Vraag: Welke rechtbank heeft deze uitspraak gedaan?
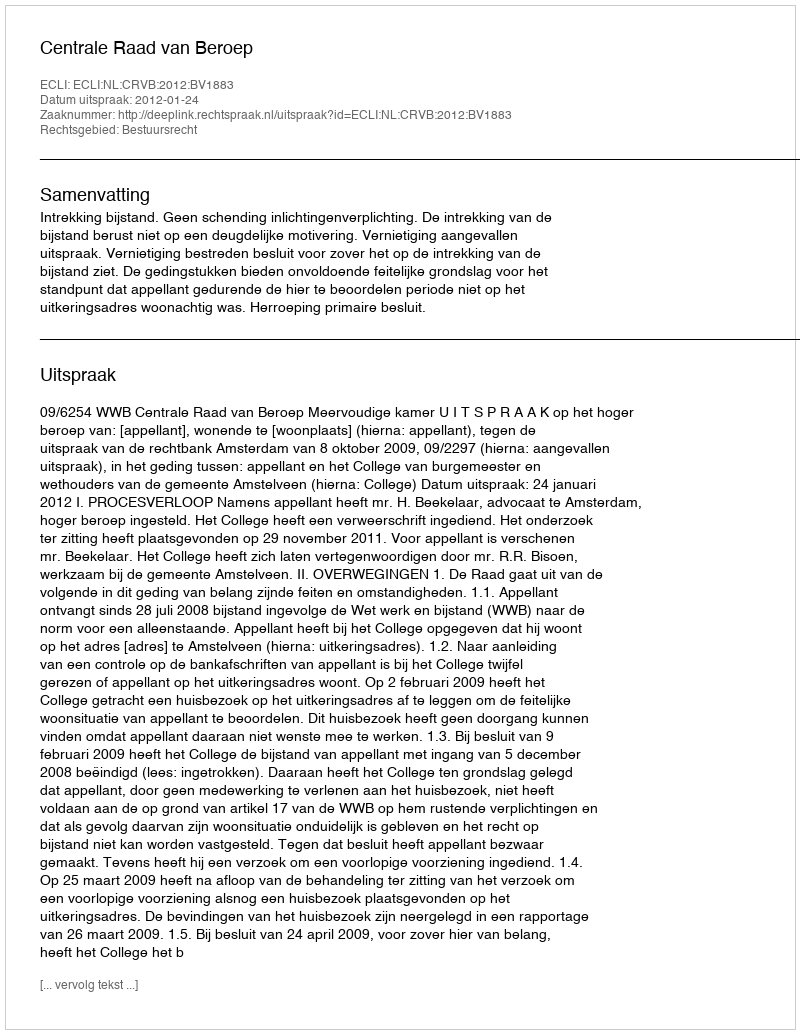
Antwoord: Centrale Raad van Beroep